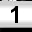
Digit: 1